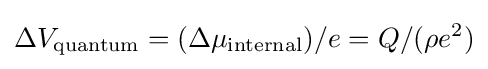
\Delta V_{\text{quantum}}=(\Delta \mu _{\text{internal}})/e=Q/(\rho e^{2})